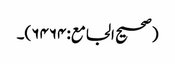
(صحیح الجامع:۶۴۶۴)۔